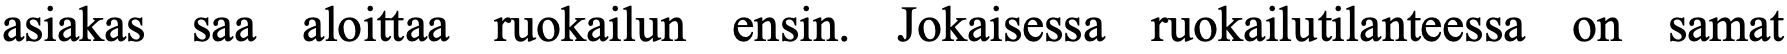
asiakas saa aloittaa ruokailun ensin. Jokaisessa ruokailutilanteessa on samat